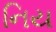
નિય